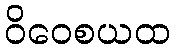
ဝိဝေစယထ